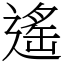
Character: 遙